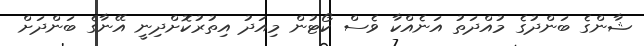
ޝާންގެ ބަންދުގެ މުއްދަތު އަނެއްކާ ވެސް ކޯޓުން މިއަދު އިތުރުކޮށްދިނީ އޭނާގެ ބަންދަށް